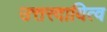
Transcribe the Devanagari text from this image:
उत्तरदायित्व